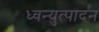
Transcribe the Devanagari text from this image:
ध्वन्युत्पादन